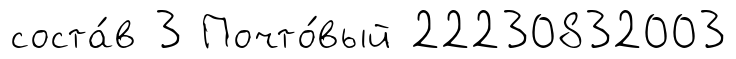
соста́в 3 Почто́вый 22230832003